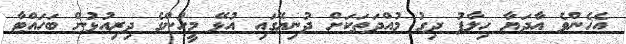
އެހެންވެ އާދަޔާ ހިލާފު ދިގު މުއްދަތަކަށް ދުނިޔޭގައި އުޅޭ މީހުންގެ ދިރިއުޅުން ބަހައްޓާ